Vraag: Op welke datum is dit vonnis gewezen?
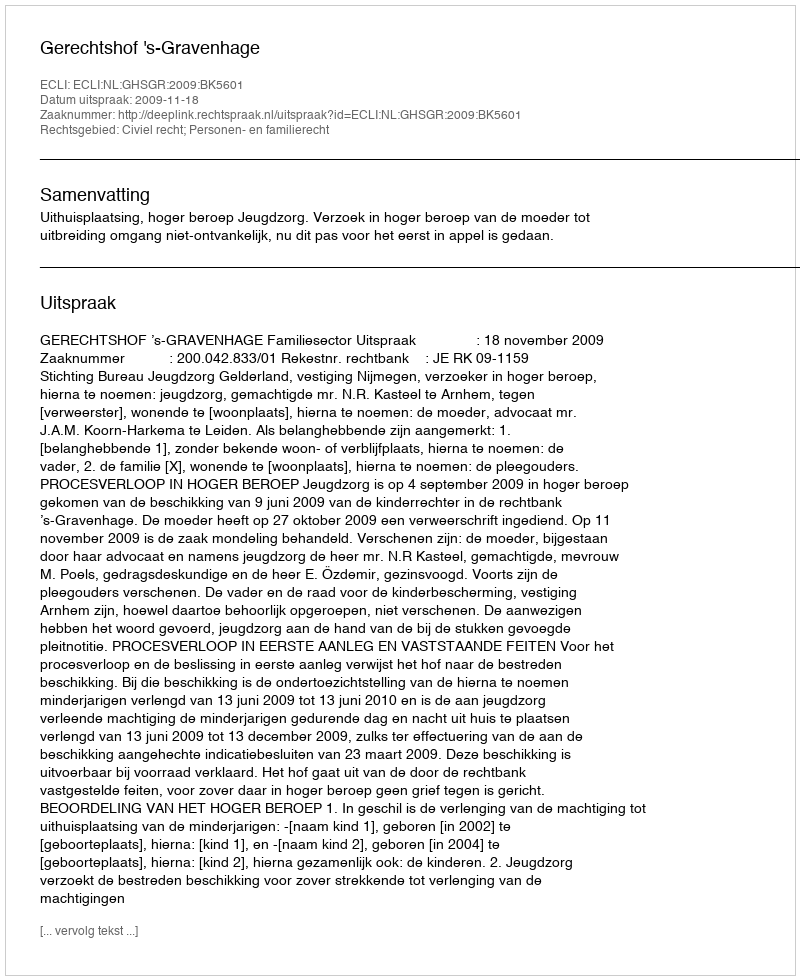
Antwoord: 2009-11-18